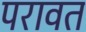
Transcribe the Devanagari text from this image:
परावत